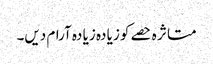
متا ثر ہ حصے کو زیا دہ زیا دہ آرام دیں۔